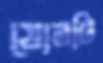
ষোলটি